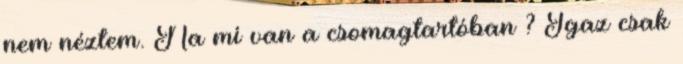
nem néztem. Na mi van a csomagtartóban ? Igaz csak